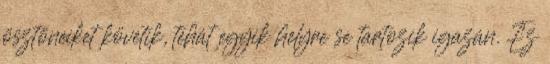
ösztöneiket követik, tehát egyik helyre se tartozik igazán. Ez